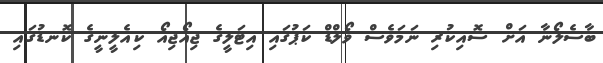
ބާސެލޯނާ އަށް ސޮއިކުރި ނަމަވެސް ވޯލްޑް ކަޕުގައި އިޓަލީގެ ޖިއޯޖިއޯ ކިއެލީނީގެ ކޮނޑުގައި